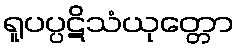
ရူပပ္ပဋိသံယုတ္တော